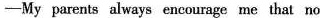
-My parents always encourage me that no